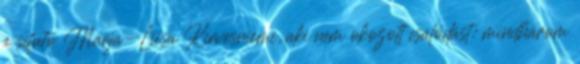
a sífutó Marja-Liisa Kirvesniemi, aki nem okozott csalódást: mindhárom